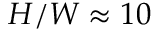
H / W \approx 1 0